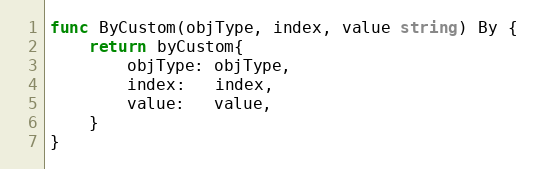
Language: Go
func ByCustom(objType, index, value string) By {
	return byCustom{
		objType: objType,
		index:   index,
		value:   value,
	}
}